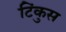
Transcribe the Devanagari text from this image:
टिंकुस